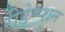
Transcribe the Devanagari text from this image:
रीडेम्प्शन